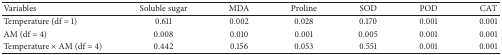
<table><thead><tr><td><b>Variables</b></td><td><b>Soluble sugar</b></td><td><b>MDA</b></td><td><b>Proline</b></td><td><b>SOD</b></td><td><b>POD</b></td><td><b>CAT</b></td></tr></thead><tbody><tr><td>Temperature (df = 1)</td><td>0.611</td><td>0.002</td><td>0.028</td><td>0.170</td><td>0.001</td><td>0.001</td></tr><tr><td>AM (df = 4)</td><td>0.008</td><td>0.010</td><td>0.001</td><td>0.005</td><td>0.001</td><td>0.001</td></tr><tr><td>Temperature × AM (df = 4)</td><td>0.442</td><td>0.156</td><td>0.053</td><td>0.551</td><td>0.001</td><td>0.001</td></tr></tbody></table>